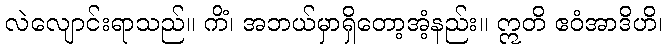
လဲလျောင်းရာသည်။ ကိံ၊ အဘယ်မှာရှိတော့အံ့နည်း။ ဣတိ ဧဝံအာဒိဟိ၊